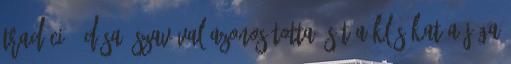
tradíció "dósa" szavával azonosította, sőt a klésákat a jóga